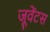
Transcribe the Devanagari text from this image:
जूवेंटस